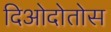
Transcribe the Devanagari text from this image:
दिओदोतोस